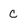
Character: C